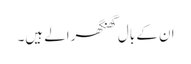
ان کے بال گھنگھرالے ہیں۔